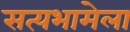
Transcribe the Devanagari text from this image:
सत्यभामेला